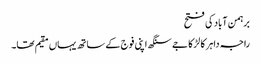
برہمن آباد کی فتح
راجہ داہر کا لڑکا جے سنگھ اپنی فوج کے ساتھ یہاں مقیم تھا۔